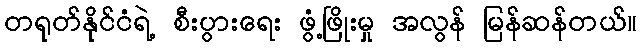
တရုတ်နိုင်ငံရဲ့ စီးပွားရေး ဖွံ့ဖြိုးမှု အလွန် မြန်ဆန်တယ်။